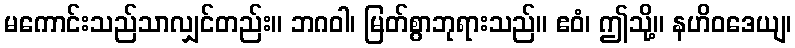
မကောင်းသည်သာလျှင်တည်း။ ဘဂဝါ၊ မြတ်စွာဘုရားသည်။ ဧဝံ၊ ဤသို့။ နဟိဝဒေယျ၊